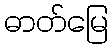
ဓာတ်မြေ